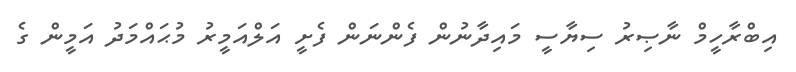
އިބްރާހީމް ނާޞިރު ސިޔާސީ މައިދާނުން ފެންނަން ފެށީ އަލްއަމީރު މުޙައްމަދު އަމީން ގެ